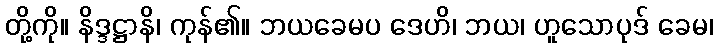
တို့ကို။ နိဒ္ဒဋ္ဌာနိ၊ ကုန်၏။ ဘယခေမပ ဒေဟိ၊ ဘယ၊ ဟူသောပုဒ် ခေမ၊